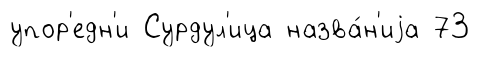
упор'едн'и Сурдул'ица назва́н'иjа 73